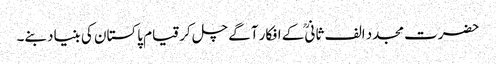
حضرت مجدد الف ثانیؒ کے افکار آگے چل کر قیام پاکستان کی بنیاد بنے۔